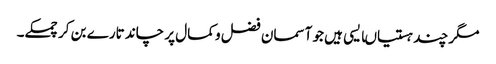
مگر چند ہستیاںایسی ہیں جو آسمان فضل و کمال پر چاند تارے بن کر چمکے۔